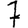
Digit: 7